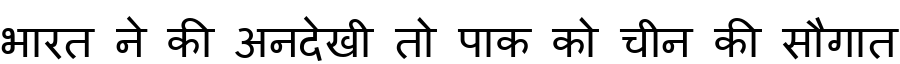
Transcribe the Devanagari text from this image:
भारत ने की अनदेखी तो पाक को चीन की सौगात